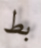
بط